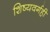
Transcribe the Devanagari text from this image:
शिष्यवर्गही